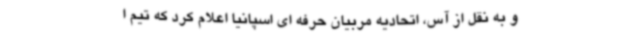
و به نقل از آس، اتحادیه مربیان حرفه ای اسپانیا اعلام کرد که تیم ا